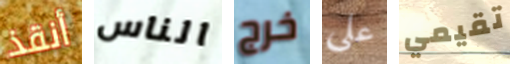
أنقذ الناس خرج علي تقيمي